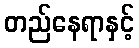
တည်နေရာနှင့်